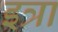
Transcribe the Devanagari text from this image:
इत्रा